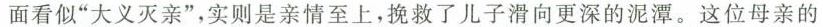
面看似”大义灭亲”，实则是亲情至上，挽救了儿子滑向更深的泥潭。这位母亲的